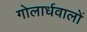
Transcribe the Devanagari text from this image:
गोलार्धवालों